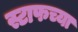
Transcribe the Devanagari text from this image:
स्टाफच्या